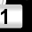
Digit: 1